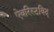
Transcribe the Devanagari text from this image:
ऐबरिस्टविद